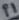
Text: P1